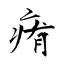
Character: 痏